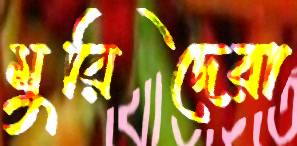
মুরিদেরা